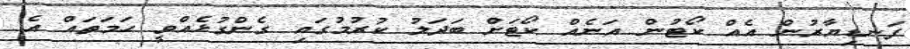
ފަނޑިޔާރުން އެއް ކޯޓުން އަނެއް ކޯޓަށް ބަދަލު ކުރުމުގައި ގެންގުޅެއްވީ ހަމަތައް އެ